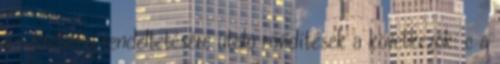
a szerelvény rendeltetésére utaló rövidítések a következõk: c a